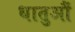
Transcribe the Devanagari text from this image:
धातुऔं